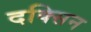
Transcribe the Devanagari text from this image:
दक्सिन